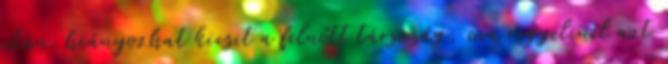
után. hiányozhat kicsit a felnőtt társaság, ma reggelinél azt